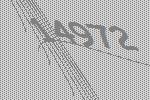
14972